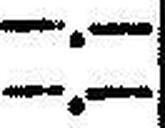
—.—